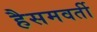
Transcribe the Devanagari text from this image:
हैसमवर्ती